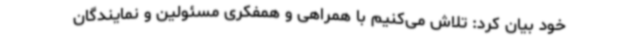
خود بیان کرد: تلاش می‌کنیم با همراهی و همفکری مسئولین و نمایندگان